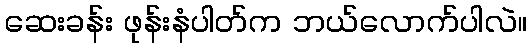
ဆေးခန်း ဖုန်းနံပါတ်က ဘယ်လောက်ပါလဲ။